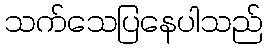
သက်သေပြနေပါသည်